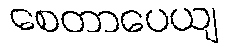
စေတာပေယျ